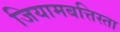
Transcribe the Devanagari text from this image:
जियामबत्तिस्ता